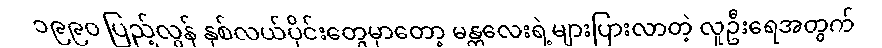
၁၉၉၀ ပြည့်လွန် နှစ်လယ်ပိုင်းတွေမှာတော့ မန္တလေးရဲ့များပြားလာတဲ့ လူဦးရေအတွက်